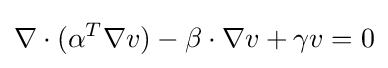
\nabla \cdot (\alpha ^{T}\nabla v)-\beta \cdot \nabla v+\gamma v=0